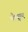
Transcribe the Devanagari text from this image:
पौप्यूलर